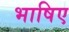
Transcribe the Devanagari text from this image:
भाषिए